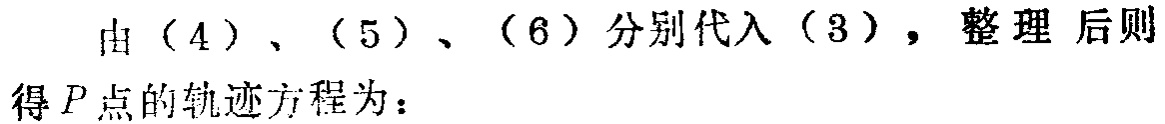
由（4）、（5）、（6）分别代入（3），整理后则得\(P\)点的轨迹方程为：